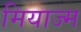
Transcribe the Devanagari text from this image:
मियाज्म